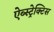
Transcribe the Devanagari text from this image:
ऐब्स्ट्रेक्टिस